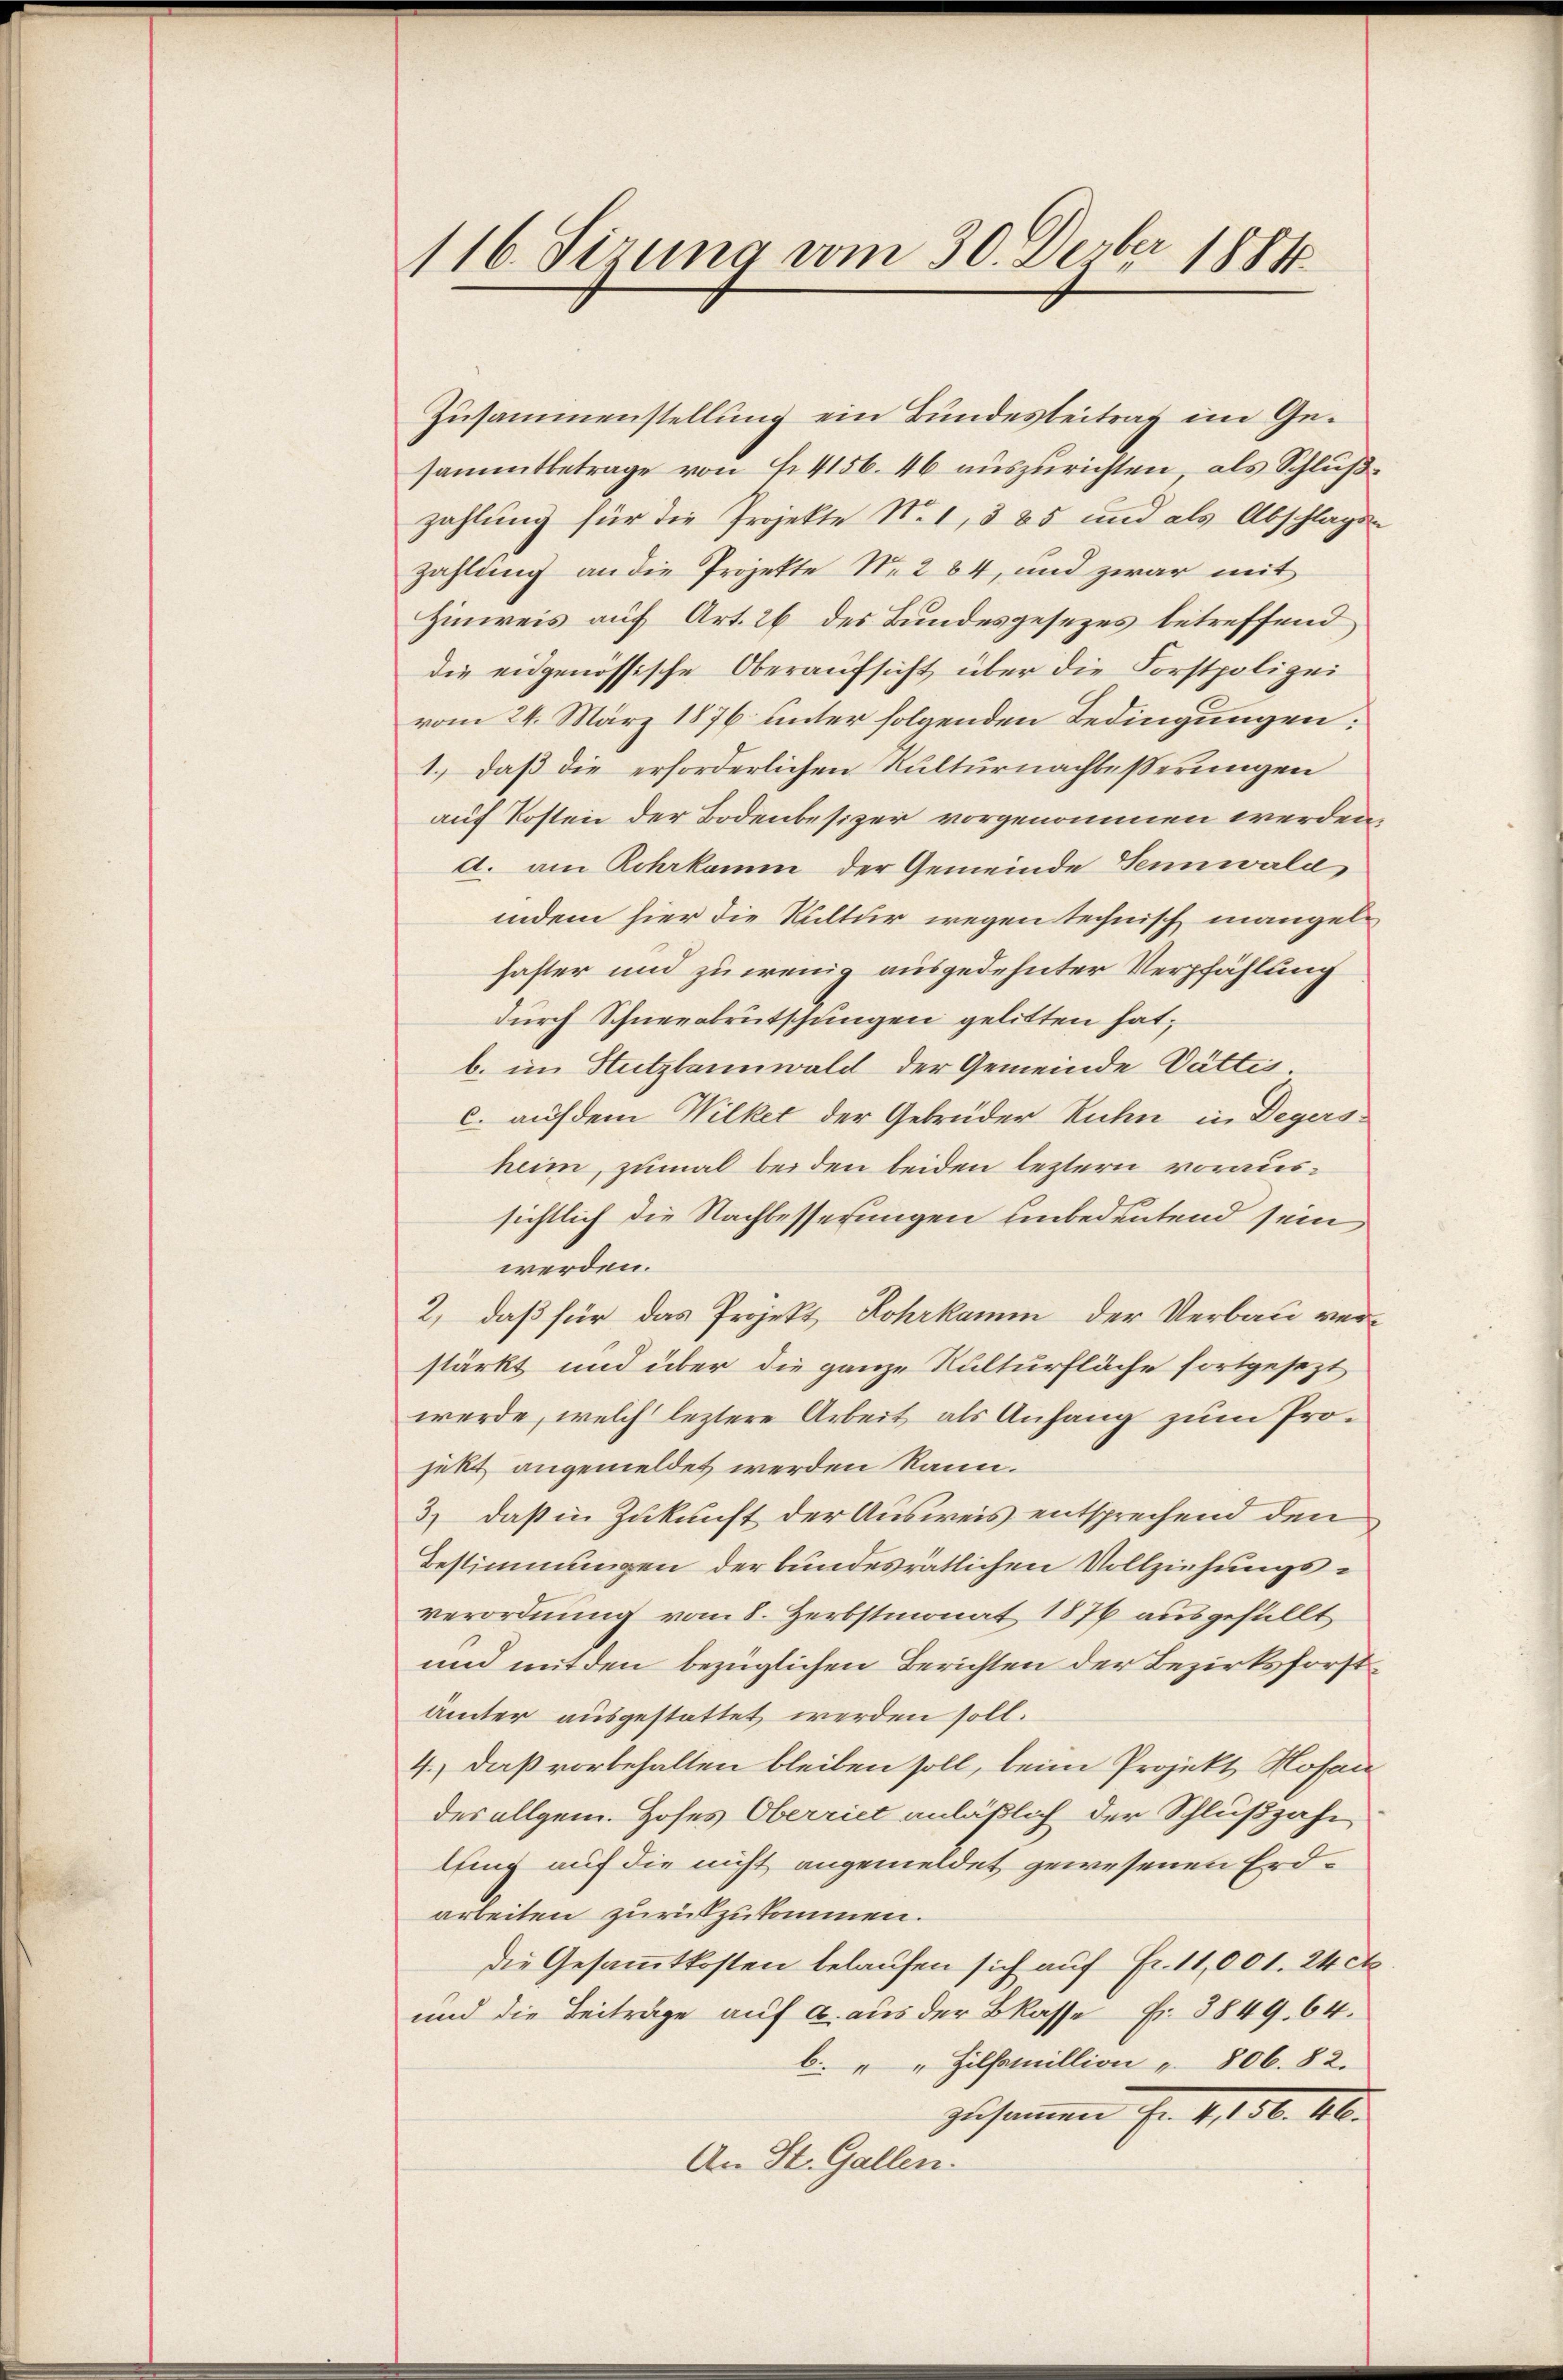
116. Sizung vom 30. Devber 1884

Zusammenstellung ein Bundesbeitrag im Gesammtbetrage von f. 4156. 46 auszurichten, als Schlußzahlung für die Projekte No 1, 385 und als Abschlags
zahlung an die Projekte No 264, und zwar mit
Hinweis auf Art. 26 des Bundesgesezes betreffend
die eidgenössische Oberaufsicht über die Forstpolizei
vom 24. März 1876 unter folgenden Bedingungen:
1.) daß die erforderlichen Kulturnachbeßerungen
auf Kosten der Bodenbesizer vorgenommen werden
d. am Rohrkamm der Gemeinde Sennwald
indem hier die Kultur wegen technisch mangelhaster und zu wenig ausgedehnter Verpfählung
durch Schneeabrutschungen gelitten hat;
b. im Hutzlannwald der Gemeinde Dättis
c. auf dem Wilket der Gebrüder Ruhn in Degers
heim, zumal beiden beiden leztern voraussichtlich die Nachbesserungen unbedeutend sein
werden.
2, daß für das Projekt, Rohrkann der Verbau verstärkt und über die ganze Kulturfläche fortgesezt
werde, welch leztere Arbeit als Anfang zum Projekt angemeldet werden kann.
3) daß in Zukunft der Ausweis entsprechend den
Bestimmungen der bundesrätlichen Vollziehungsverordnung vom 8. Herbstmonat 1876 ausgefüllt
und mit den bezüglichen Berichten der Bezirksförstämter ausgestattet werden soll.
4.) Daß vorbehalten bleiben soll, beim Projekt Hosai
des allgem. Hofes Oberriet anläßlich der Schlußzahn
lfing auf die nicht angemeldet gewesenen Erdarbeiten zurückzukommen.
die Gesammtkosten belaufen sich auf Fr. 11,001. 24 ct
und die Beiträge auf a. aus der Basse Nr. 3849. 64.
b. " " Hilfamillion " 806. 82.
zusammen Fr. 4,150. 16.
An St. Gallen.